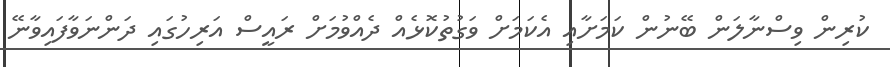
ކުރިން ވިސްނާލަން ބޭނުން ކަމަށާއި އެކަމަށް ވަގުތުކޮޅެއް ދެއްވުމަށް ރައީސް އަރިހުގައި ދަންނަވާފައިވާނޭ